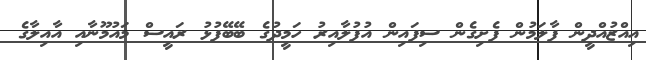
އިއްޒުއްދީން ފާލަމުން ފެށިގެން ސިފައިން އުފުލާއިރު ހަމީދުގެ ބޭބޭފުޅު ރައީސް މައުމޫނާއި އާއިލާގެ